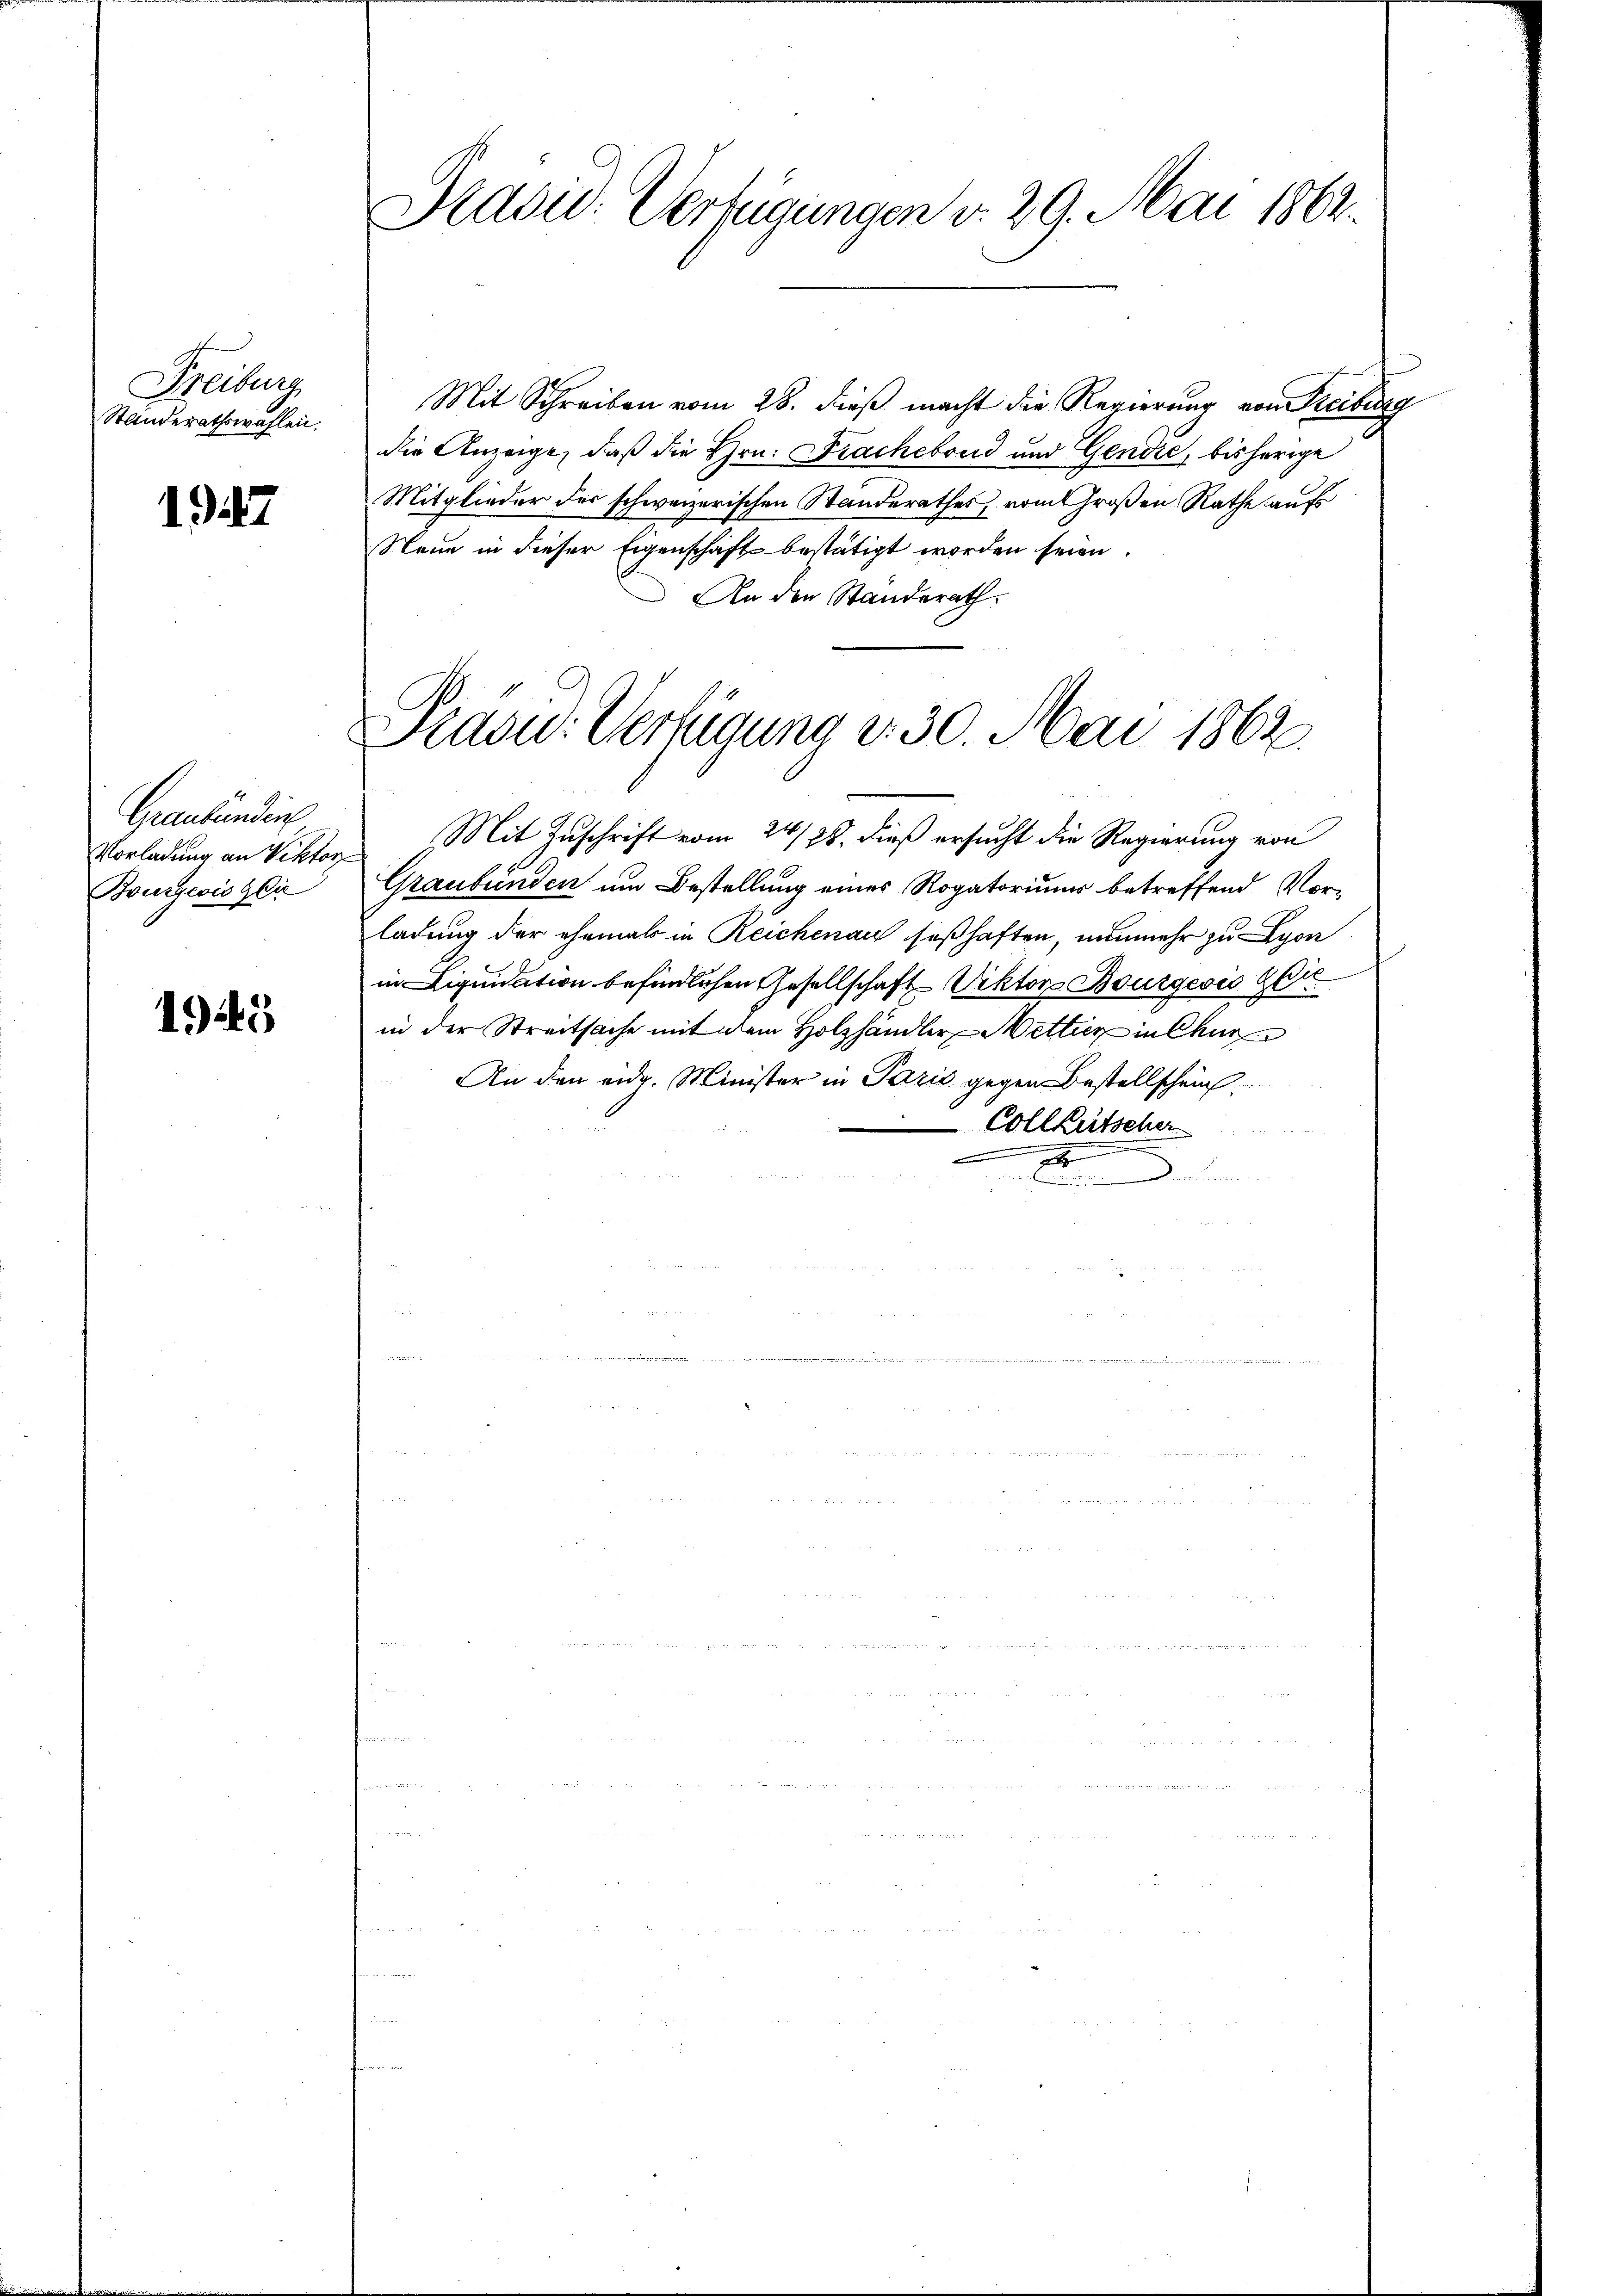
Freiburg
Stinderathswahlen.

1947

Graubünden
Brurgeois Glie

1945

Pradu. Verfügungen d. 29. Mai 1862.

Mit Schreiben vom 28. dieß macht die Regierung von Freiburg
die Anzeige, daß die Hrn. Fracheboud und Gendre, bisherige
Mitglieder der schweizerischen Standerathes, vom Großen Rathe aufs
Neue in dieser Eigenschaft bestätigt worden seien.
An den Standerath.

Präsid. Verfügung d. 30. Mai 1862.

Vorladung an Viktor Mit Zuschrift vom 24./25. dieß ersucht die Regierung von
Graubünden um Bestellung eines Rogatoriums betreffend Vor-
ladung der ehemals in Reichenau seßhaften, nunmehr zu Lyon
in Liquidation befindlichen Gesellschaft Viktor Bourgesio der
in der Streitsache mit dem Holzhändler Wettier in Chur
An den eidg. Minister in Paris gegen Bestellschein
 CollRütscher
e
n